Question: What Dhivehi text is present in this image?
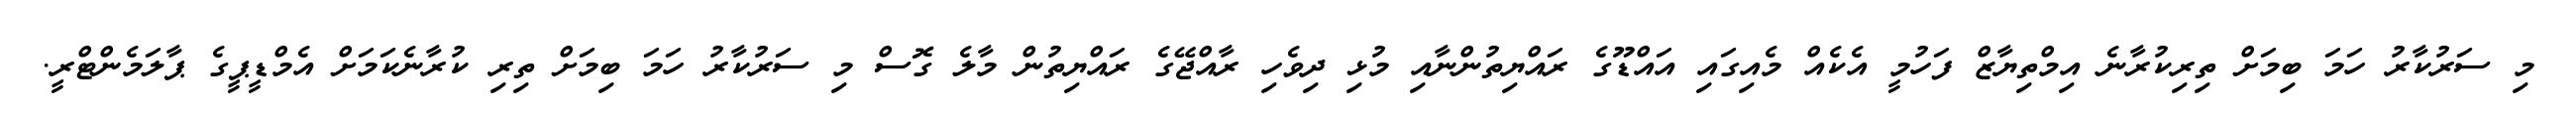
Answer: މި ސަރުކާރު ހަމަ ބިމަށް ތިރިކުރާނެ އިމްތިޔާޒް ފަހުމީ އެކެއް މެއިގައި އައްޑޫގެ ރައްޔިތުންނާއި މުޅި ދިވެހި ރާއްޖޭގެ ރައްޔިތުން މާލެ ގޮސް މި ސަރުކާރު ހަމަ ބިމަށް ތިރި ކުރާނެކަމަށް އެމްޑީޕީގެ ޕާލަމެންޓްރީ.